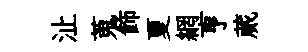
沚蒐飾夏網亨蕆